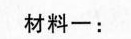
材料一：